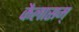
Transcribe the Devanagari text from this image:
कैलासम्‌